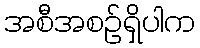
အစီအစဉ်ရှိပါက